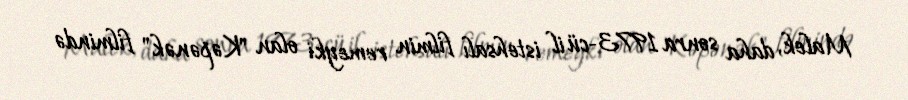
Malek, daha sonra 1973-cü il istehsalı filmin remeyki olan "Kəpənək" filmində